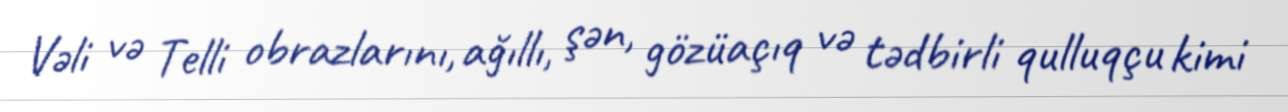
Vəli və Telli obrazlarını, ağıllı, şən, gözüaçıq və tədbirli qulluqçu kimi